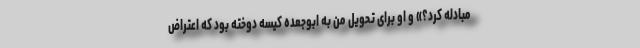
مبادله کرد؟» و او برای تحویل من به ابوجعده کیسه دوخته بود که اعتراض